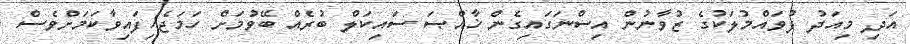
އަދި މިއަދު ފުވައްމުލަކުގެ ޒުވާނުން އިސްނަގައިގެން ޚާއްޞަ ސައިކަލް ބުރެއް ބޭވުމަށް ހަމަޖެހިފައިވާކަމަށްވެސް